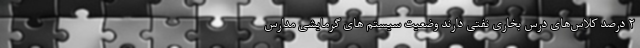
۲ درصد کلاس‌های درس بخاری نفتی دارند وضعیت سیستم های گرمایشی مدارس